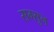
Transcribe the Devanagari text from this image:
सम्सुन